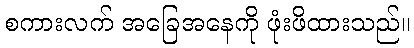
စကားလက် အခြေအနေကို ဖုံးဖိထားသည်။